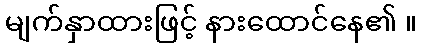
မျက်နှာထားဖြင့် နားထောင်နေ၏ ။